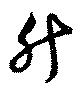
升